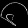
Digit: ၆